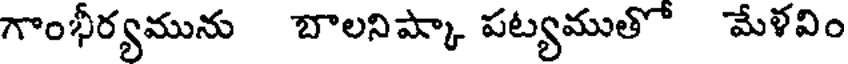
గొంభీర్యమును బాలనిప్కా పట్యముతో మేళవిం